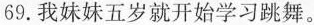
69.我妹妹五岁就开始学习跳舞。